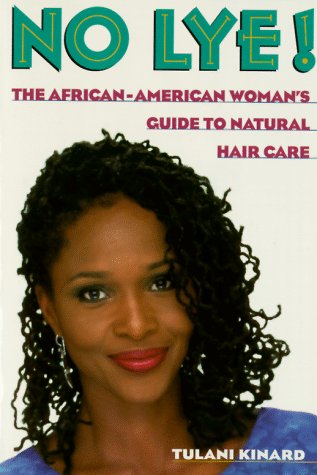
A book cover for No Lye: The African American Woman's Guide To Natural Hair Care; Tulani Kinard; Health, Fitness & Dieting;